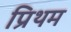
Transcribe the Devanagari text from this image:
प्रिथम